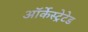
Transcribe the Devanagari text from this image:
ऑर्केस्ट्रेटेड